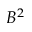
B ^ { 2 }